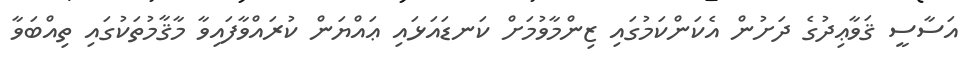
އަސާސީ ޤަވާޢިދުގެ ދަށުން އެކަންކަމުގައި ޒިންމާވުމަށް ކަނޑައަޅައި ޢައްޔަން ކުރައްވާފައިވާ މާޤާމުތަކުގައި ތިއްބަވާ